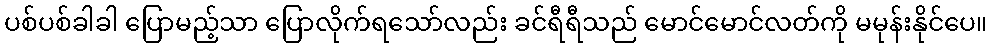
ပစ်ပစ်ခါခါ ပြောမည့်သာ ပြောလိုက်ရသော်လည်း ခင်ရီရီသည် မောင်မောင်လတ်ကို မမုန်းနိုင်ပေ။